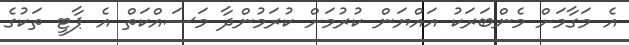
އެ މަގާމަށް މެންބަރަކު އައްޔަން ކުރުމަށް ކުރަމުންދާ މަސައްކަތް އެ ޕާޓީ ތަކުގެ